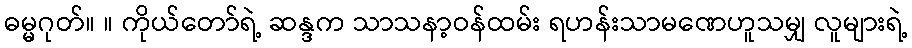
ဓမ္မဂုတ်။ ။ ကိုယ်တော်ရဲ့ ဆန္ဒက သာသနာ့ဝန်ထမ်း ရဟန်းသာမဏေဟူသမျှ လူများရဲ့